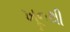
ખૂનથી